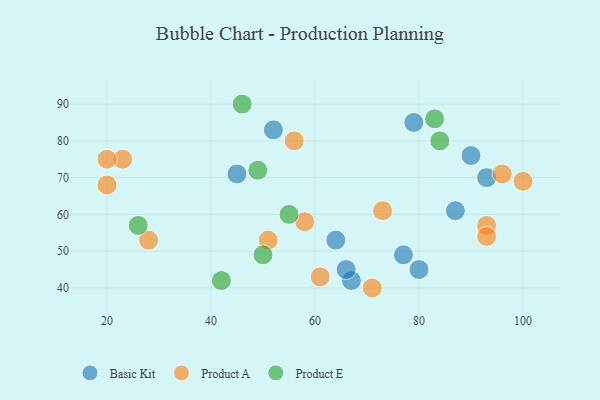
{"axis": {"x": "GDP", "y": "Life Expectancy"}, "legend": ["Basic Kit", "Product A", "Product E"], "data": [{"x": "79", "y": 85, "type": "Basic Kit"}, {"x": "90", "y": 76, "type": "Basic Kit"}, {"x": "67", "y": 42, "type": "Basic Kit"}, {"x": "93", "y": 70, "type": "Basic Kit"}, {"x": "45", "y": 71, "type": "Basic Kit"}, {"x": "77", "y": 49, "type": "Basic Kit"}, {"x": "64", "y": 53, "type": "Basic Kit"}, {"x": "80", "y": 45, "type": "Basic Kit"}, {"x": "66", "y": 45, "type": "Basic Kit"}, {"x": "52", "y": 83, "type": "Basic Kit"}, {"x": "87", "y": 61, "type": "Basic Kit"}, {"x": "93", "y": 57, "type": "Product A"}, {"x": "56", "y": 80, "type": "Product A"}, {"x": "20", "y": 68, "type": "Product A"}, {"x": "28", "y": 53, "type": "Product A"}, {"x": "23", "y": 75, "type": "Product A"}, {"x": "61", "y": 43, "type": "Product A"}, {"x": "20", "y": 75, "type": "Product A"}, {"x": "96", "y": 71, "type": "Product A"}, {"x": "71", "y": 40, "type": "Product A"}, {"x": "58", "y": 58, "type": "Product A"}, {"x": "93", "y": 54, "type": "Product A"}, {"x": "73", "y": 61, "type": "Product A"}, {"x": "100", "y": 69, "type": "Product A"}, {"x": "51", "y": 53, "type": "Product A"}, {"x": "84", "y": 80, "type": "Product E"}, {"x": "55", "y": 60, "type": "Product E"}, {"x": "26", "y": 57, "type": "Product E"}, {"x": "46", "y": 90, "type": "Product E"}, {"x": "42", "y": 42, "type": "Product E"}, {"x": "83", "y": 86, "type": "Product E"}, {"x": "50", "y": 49, "type": "Product E"}, {"x": "49", "y": 72, "type": "Product E"}]}